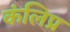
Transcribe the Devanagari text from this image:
कंलिप्र